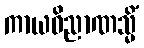
ကာယဝိညာဏသ္မိံ